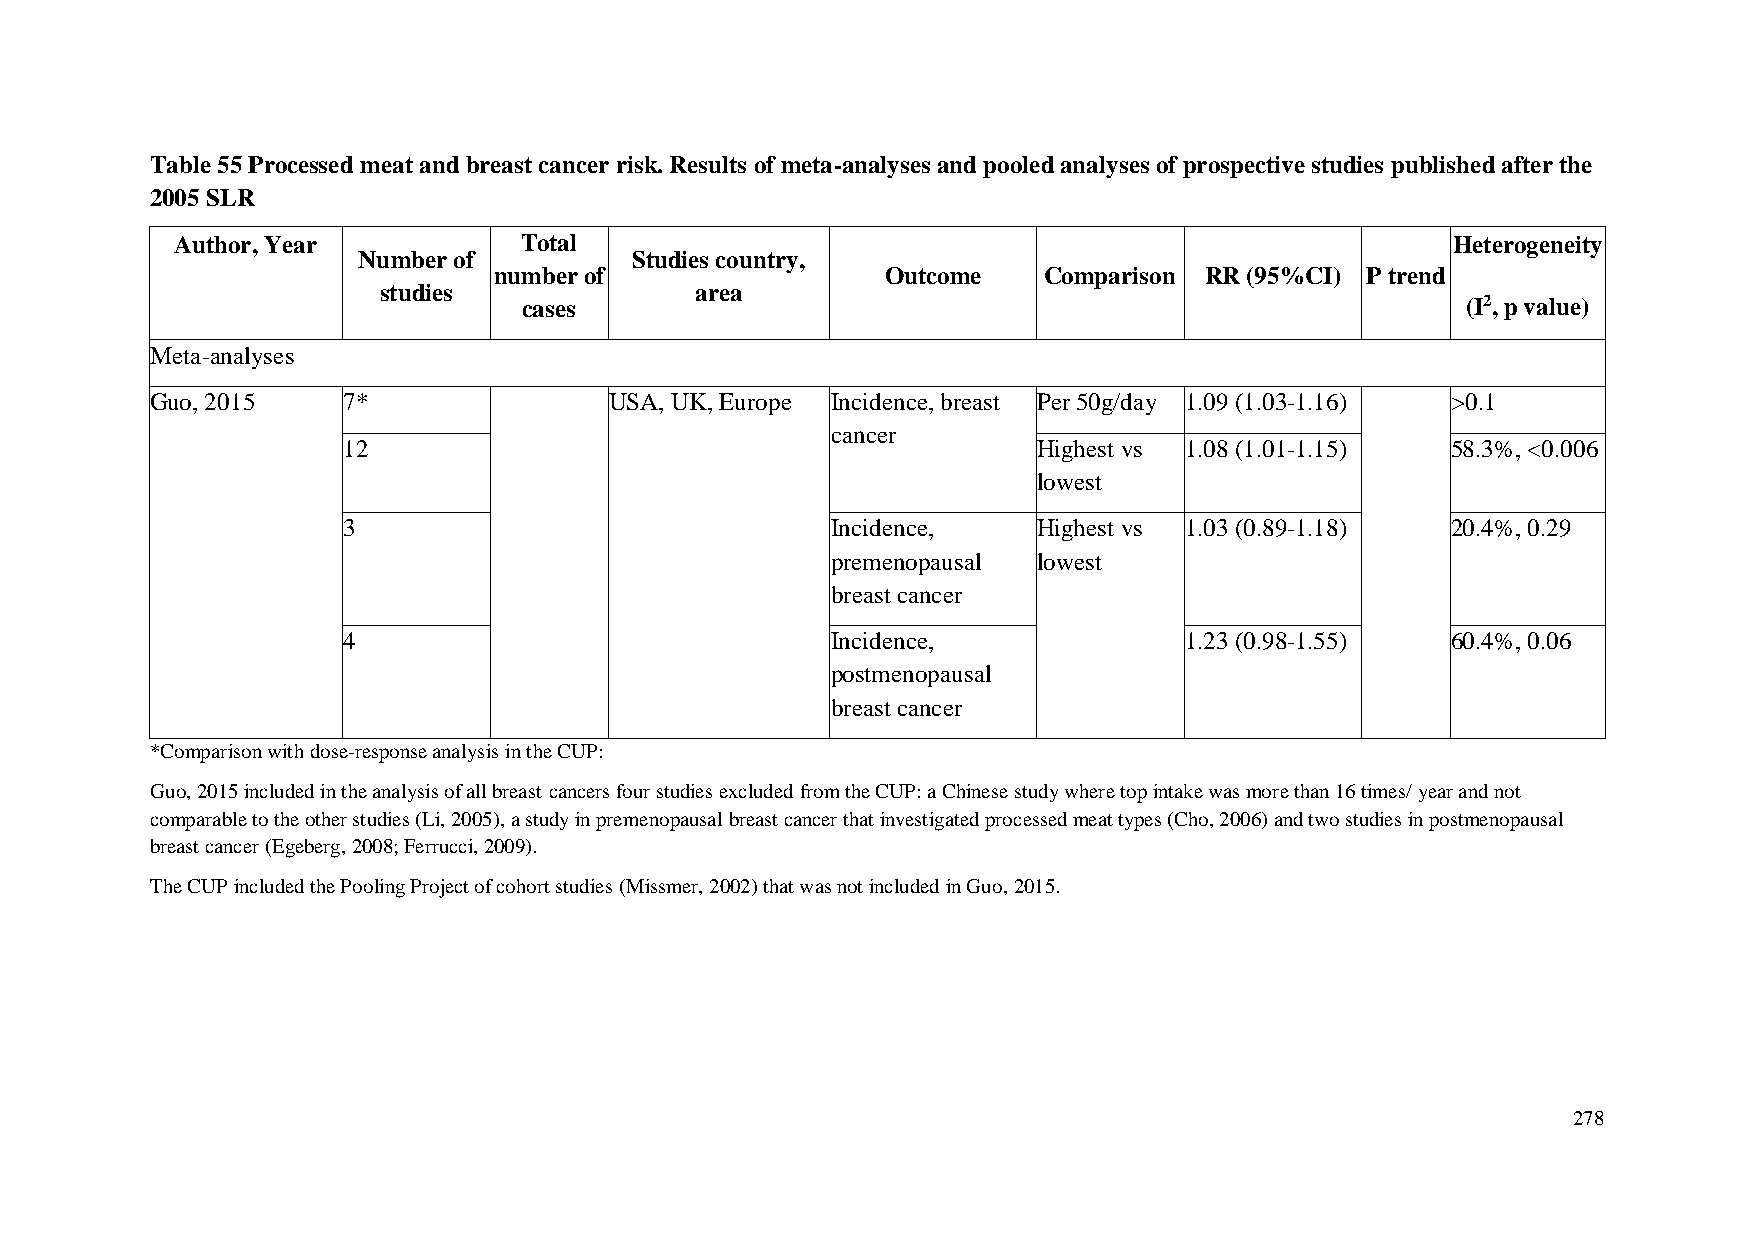
Table 55 Processed meat and breast cancer risk. Results of meta-analyses and pooled analyses of prospective studies published after the
 2005 SLR
 Author, Year          Total                                                         Heterogeneity
 Number of         Studies country,
 number of                 Outcome   Comparison RR (95%CI) P trend
 studies              area
 cases                                                         (I2, p value)
 Meta-analyses
 Guo, 2015    7*               USA, UK, Europe Incidence, breast Per 50g/day 1.09 (1.03-1.16) >0.1
 cancer
 12                                            Highest vs 1.08 (1.01-1.15) 58.3%, <0.006
 lowest
 3                               Incidence,    Highest vs 1.03 (0.89-1.18) 20.4%, 0.29
 premenopausal lowest
 breast cancer
 4                               Incidence,             1.23 (0.98-1.55)  60.4%, 0.06
 postmenopausal
 breast cancer
 *Comparison with dose-response analysis in the CUP:
 Guo, 2015 included in the analysis of all breast cancers four studies excluded from the CUP: a Chinese study where top intake was more than 16 times/ year and not
 comparable to the other studies (Li, 2005), a study in premenopausal breast cancer that investigated processed meat types (Cho, 2006) and two studies in postmenopausal
 breast cancer (Egeberg, 2008; Ferrucci, 2009).
 The CUP included the Pooling Project of cohort studies (Missmer, 2002) that was not included in Guo, 2015.
 278